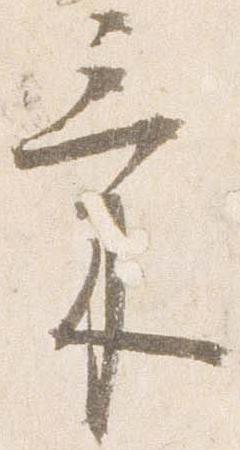
気